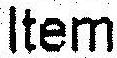
ITEM